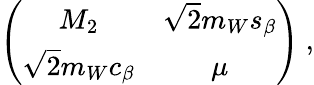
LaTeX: \left(\begin{array}{cc}{{M_{2}}}&{{\sqrt{2}m_{W}s_{\beta}}}\\ {{\sqrt{2}m_{W}c_{\beta}}}&{{\mu}}\end{array}\right)\ ,